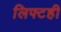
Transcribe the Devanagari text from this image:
लिफ्टही